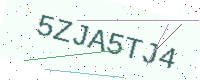
Text: 5ZJA5TJ4